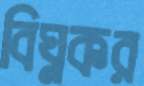
বিঘ্নকর